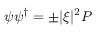
\psi \psi ^ { \dagger } = \pm | \xi | ^ { 2 } P